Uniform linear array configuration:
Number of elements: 32
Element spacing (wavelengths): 0.5
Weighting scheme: hamming
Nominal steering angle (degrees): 15
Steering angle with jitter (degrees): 13.153
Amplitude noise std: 0.05
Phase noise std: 0.05

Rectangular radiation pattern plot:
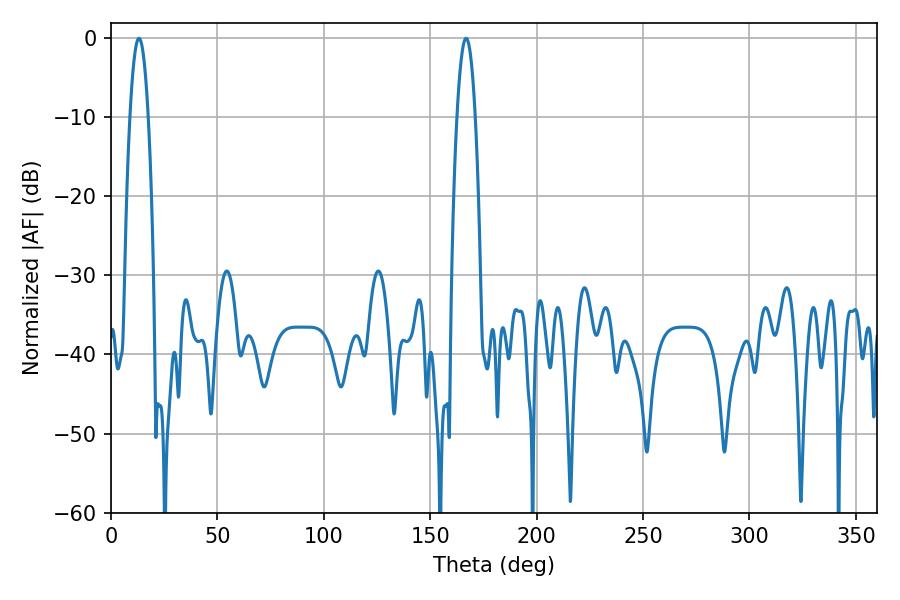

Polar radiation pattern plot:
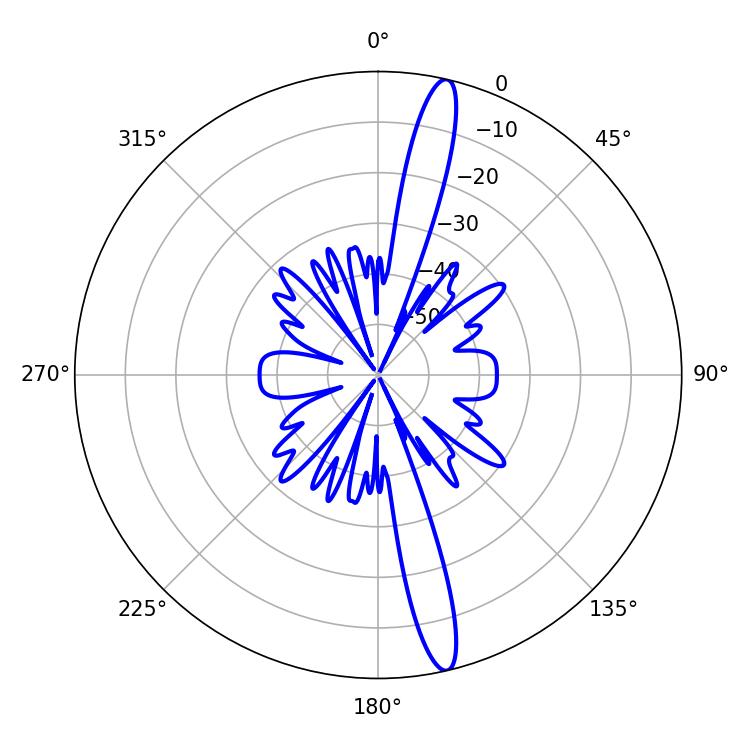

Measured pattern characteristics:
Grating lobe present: FALSE
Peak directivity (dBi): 16.914
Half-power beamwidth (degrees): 4.68
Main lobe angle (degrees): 13.14